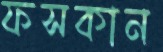
ফসকান